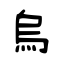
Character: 烏